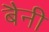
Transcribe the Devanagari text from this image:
बैनी